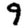
Digit: 9